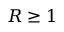
R \geq 1